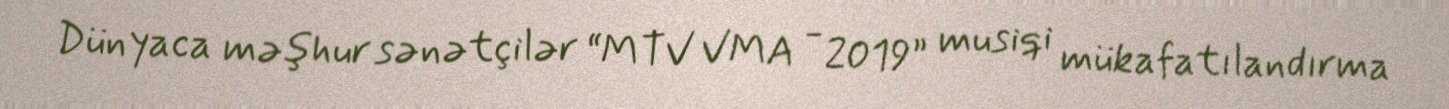
Dünyaca məşhur sənətçilər “MTV VMA - 2019” musiqi mükafatılandırma